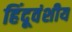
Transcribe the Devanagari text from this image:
हिंदूवंशीय